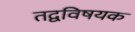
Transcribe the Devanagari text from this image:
तद्वविषयक